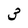
Character: 3